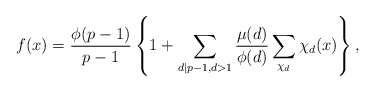
\begin{align*} f(x) = \frac{\phi(p-1)}{p-1} \left\{ 1 + \sum_{d| p-1, d>1} \frac{\mu(d)}{\phi(d)} \sum_{\chi_{d}} \chi_{d}(x)\right\},\end{align*}